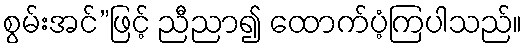
စွမ်းအင်”ဖြင့် ညီညာ၍ ထောက်ပံ့ကြပါသည်။